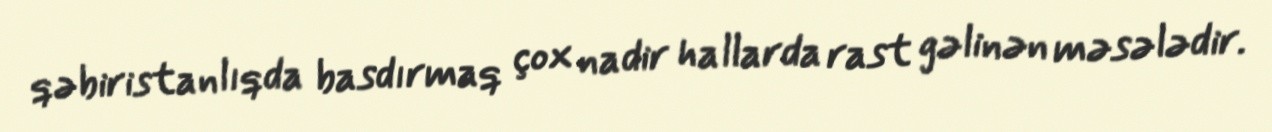
qəbiristanlıqda basdırmaq çox nadir hallarda rast gəlinən məsələdir.